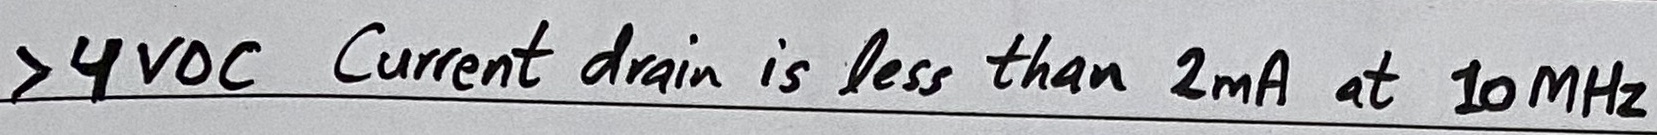
Text: >4VDC Current drain is less than 2mA at 10MHz